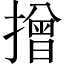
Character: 𢴣